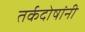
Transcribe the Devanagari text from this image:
तर्कदोषांनी